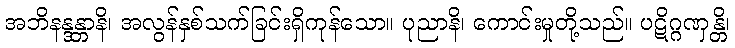
အဘိနန္ဒန္တာနိ၊ အလွန်နှစ်သက်ခြင်းရှိကုန်သော။ ပုညာနိ၊ ကောင်းမှုတို့သည်။ ပဋိဂ္ဂဏှန္တိ၊